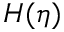
H ( \eta )